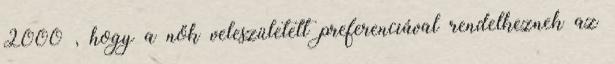
2000 , hogy a nők veleszületett preferenciával rendelkeznek az